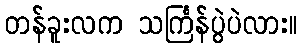
တန်ခူးလက သင်္ကြန်ပွဲပဲလား။